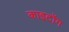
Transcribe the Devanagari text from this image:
काइटोंग